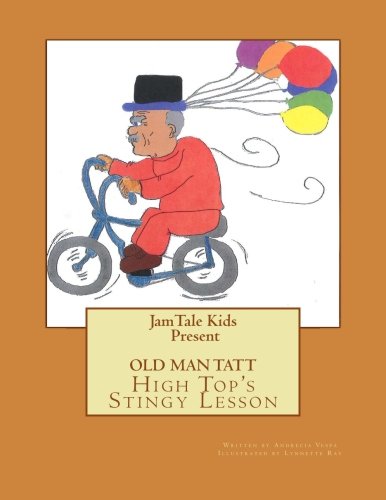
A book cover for Old Man Tatt: High Top's Stingy Lesson (The JamTale Kids) (Volume 1); Andrecia L Vespa; Christian Books & Bibles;